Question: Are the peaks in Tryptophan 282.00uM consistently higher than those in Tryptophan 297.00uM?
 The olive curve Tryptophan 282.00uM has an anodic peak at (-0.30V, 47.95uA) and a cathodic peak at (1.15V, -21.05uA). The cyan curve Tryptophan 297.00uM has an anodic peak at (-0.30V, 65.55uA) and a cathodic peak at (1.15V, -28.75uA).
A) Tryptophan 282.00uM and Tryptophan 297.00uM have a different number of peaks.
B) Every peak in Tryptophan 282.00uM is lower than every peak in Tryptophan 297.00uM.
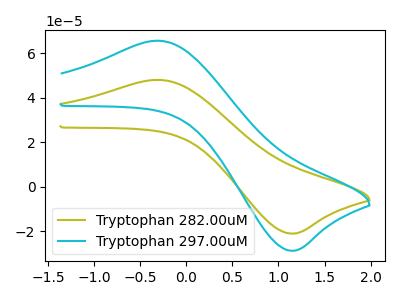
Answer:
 <answer>B) Every peak in "Tryptophan 282.00uM" is lower than every peak in "Tryptophan 297.00uM".</answer>
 <eval>B</eval>